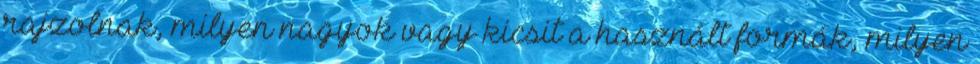
rajzolnak, milyen nagyok vagy kicsit a használt formák, milyen